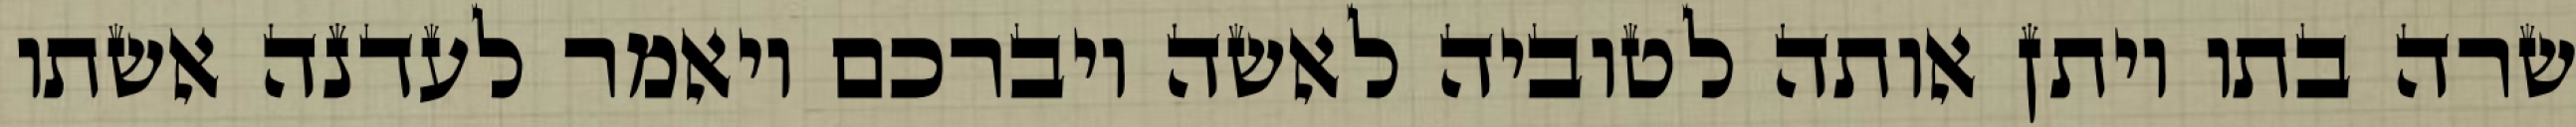
שרה בתו ויתן אותה לטוביה לאשה ויברכם ויאמר לעדנה אשתו